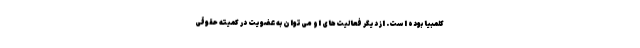
کلمبیا بوده است. از دیگر فعالیت‌های او می‌توان به عضویت در کمیته حقوقی